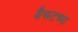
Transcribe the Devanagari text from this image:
बैरूटच्या